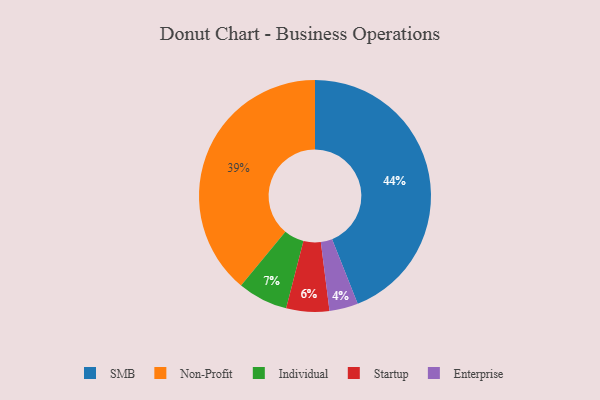
{"axis": {"x": "Category", "y": "Percentage"}, "legend": ["Enterprise", "Individual", "Non-Profit", "SMB", "Startup"], "data": [{"x": "Startup", "y": 6, "type": "Startup"}, {"x": "SMB", "y": 44, "type": "SMB"}, {"x": "Non-Profit", "y": 39, "type": "Non-Profit"}, {"x": "Enterprise", "y": 4, "type": "Enterprise"}, {"x": "Individual", "y": 7, "type": "Individual"}]}